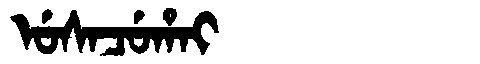
Manchu: ᡠᠰᠠᠴᡠᡥᠠᡳ
Romanization: USACUHAI